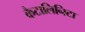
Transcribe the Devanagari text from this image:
कैटालिनिटा